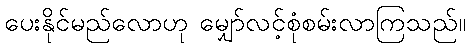
ပေးနိုင်မည်လောဟု မျှော်လင့်စုံစမ်းလာကြသည်။